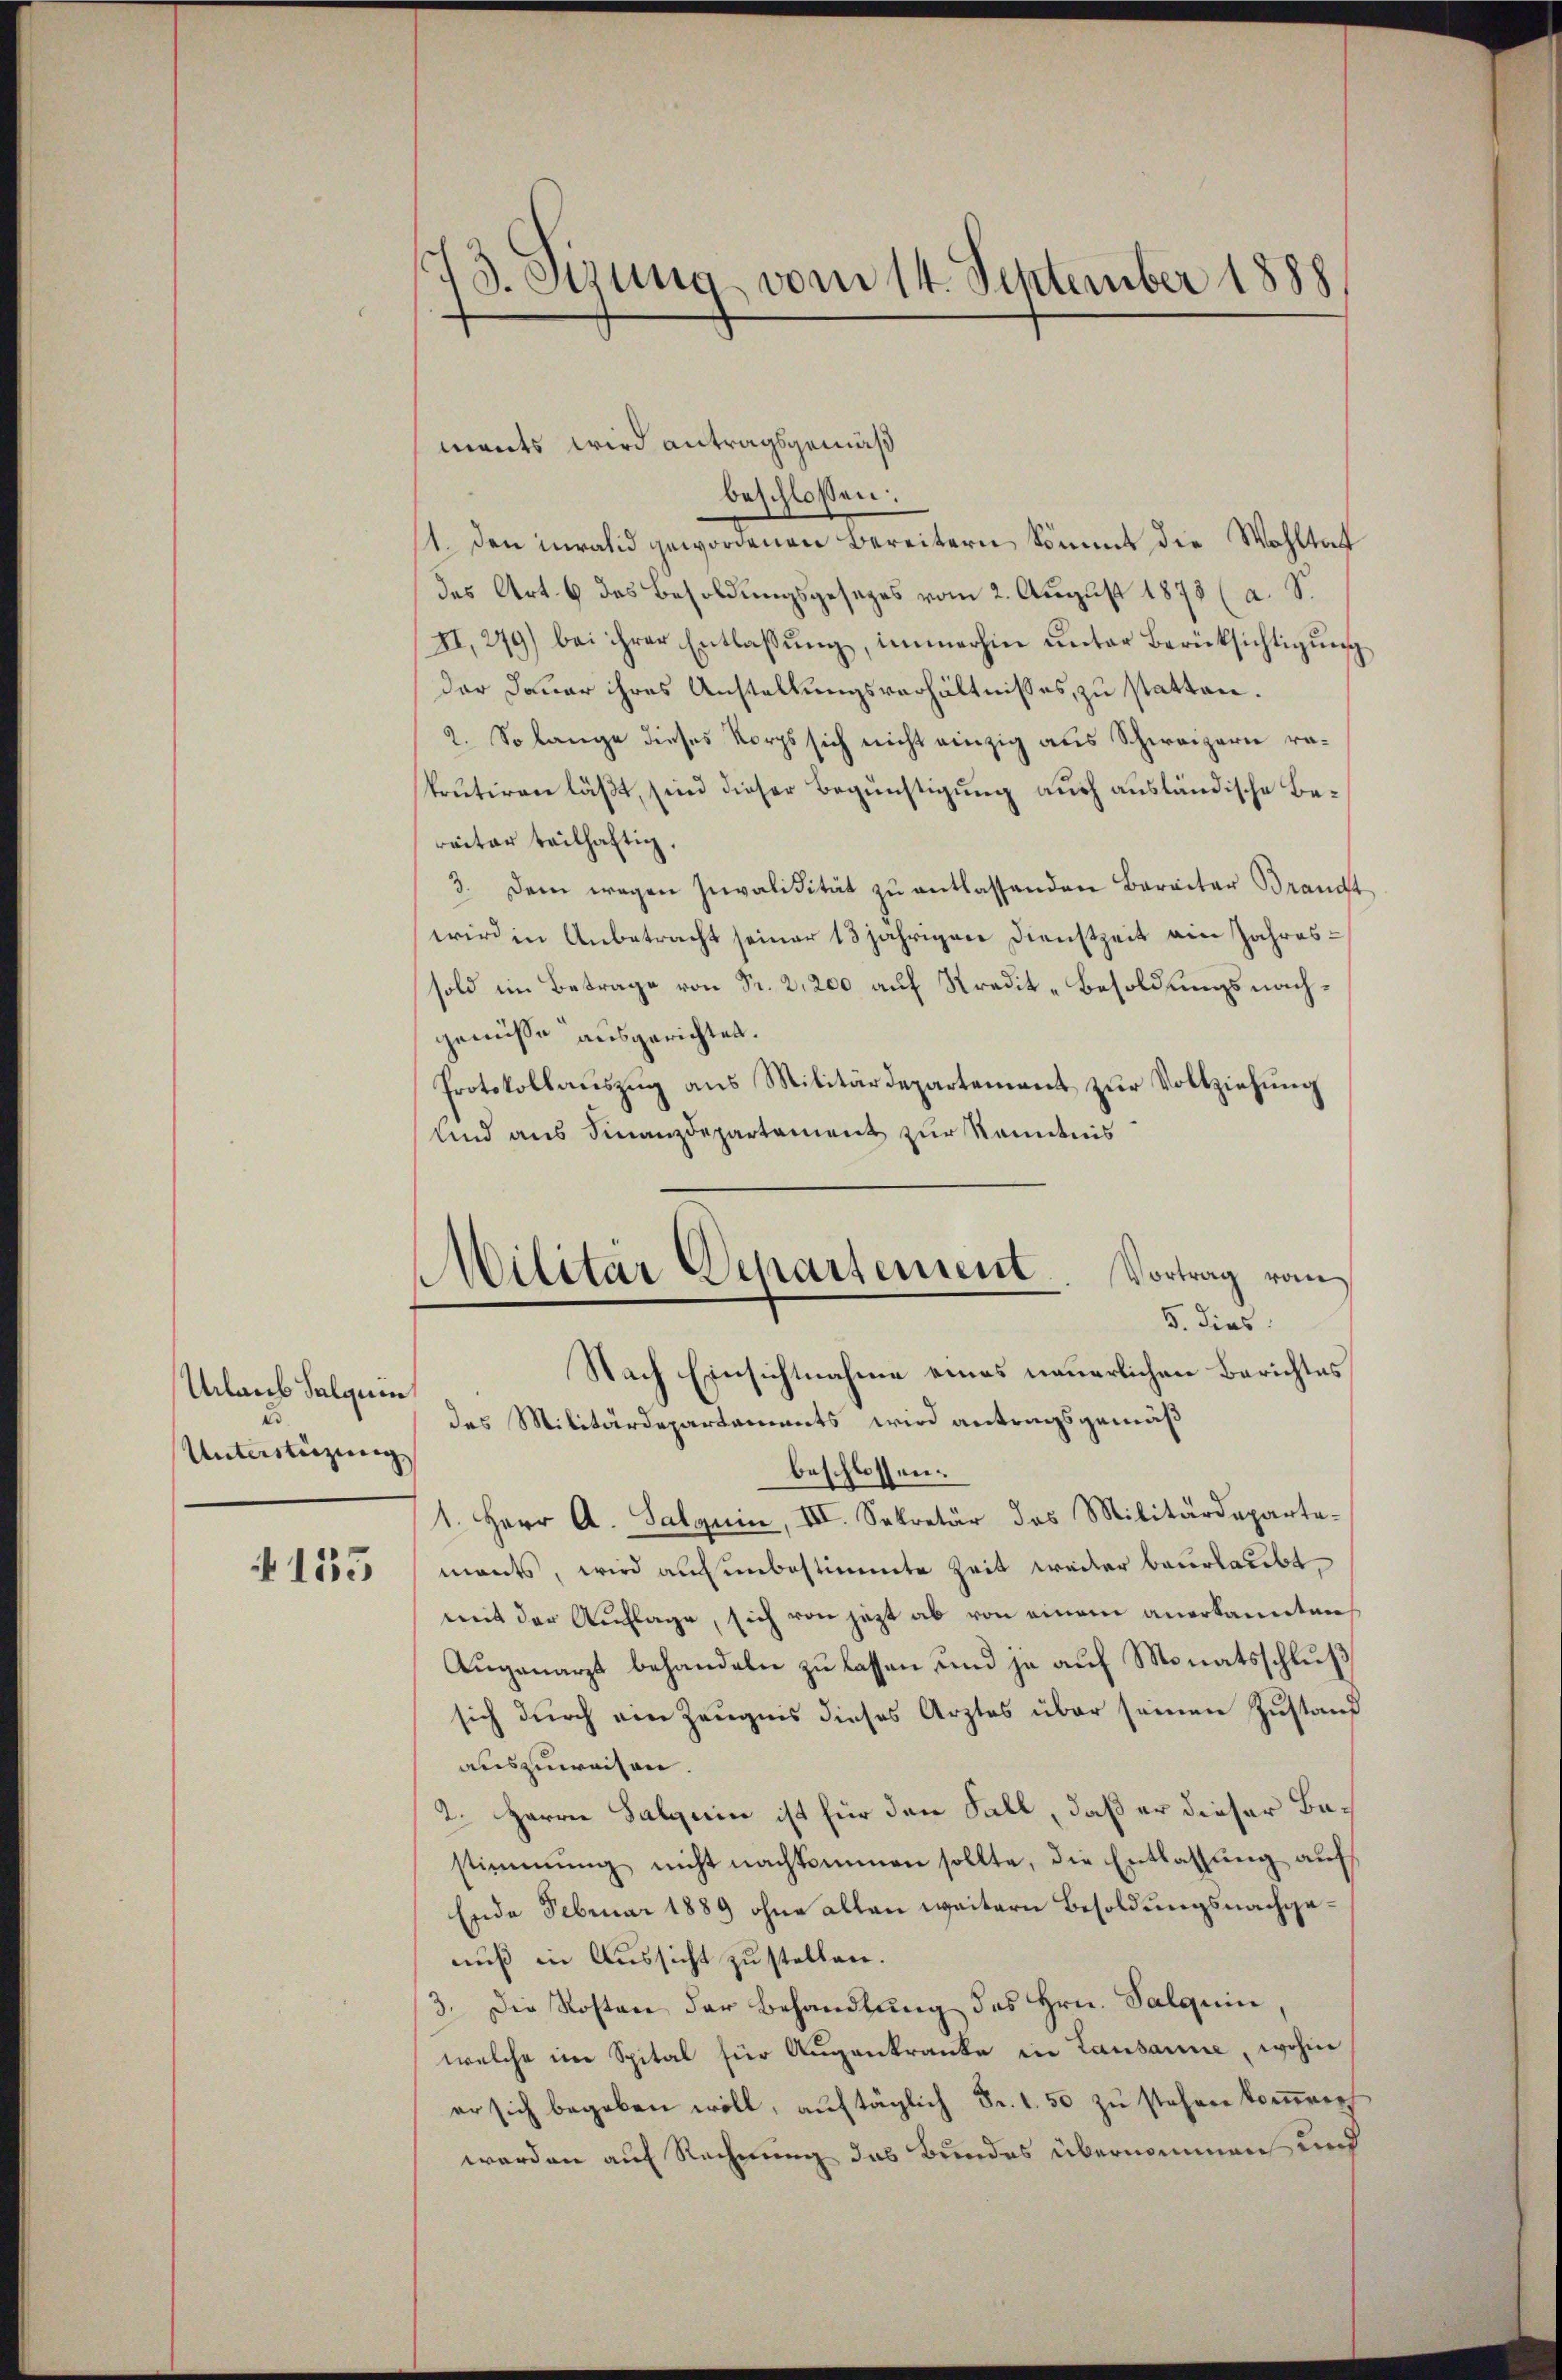
Urlaub Salqui
Unterstützung,
4155

73. Sisung vom 14. September 1888

Militär Departement. Vortrag vom
5. dies

ments wird antragsgemäß
beschlossen:
1. den invalid gewordenen Bereitern kommt die Wohltat
des Art. 6 des Besoldungsgesezes vom 2. August 1875 (a. S.
II,279) bei ihrer Entlaßung, immerhin unter Berücksichtigung
der Dauer ihres Anstellungsverhältnisses, zu statten.
2. So lange dieses Korps sich nicht einzig aus Schweizern rakrutiren läßt, sind dieser Begünstigung auch ausländische Bereiter teilhaftig.
3. Dem wegen Invalidität zŭ entlassenden Baracter Brandt
wird in Anbetracht seiner 13 jährigen Dienstzeit ain Jahressold im Betrage von Fr. 2,200 auf Kredit-Besoldungsnachgenisse ausgerichtet.
Protokollauszug aus Militärdepartement zur Vollziehung
Und aus Finanzdepartament zur Kenntnis
Nach Einsichtnahme eines neuerlichen Berichtes
des Militärdepartements wird antragsgemäß
beschlossen:
1. Herr A. Salquin, III. Sekretär das Militärdeparte-
mants, wird auch unbestimmte Zeit weiter beurlaubt,
mit der Auflage, sich von jezt ab von einem anerkannten
Augenarzt behandeln zu lassen und ja auf Monatsschluß
sich durch am Zeugnis dieses Arztes über seinen Zustand
auszuweisen.
2. Herrn Salgerin ist für den Fall, daß er dieser Bestimmung nicht nachkommen sollte, die Entlassung auf
Ende Februar 1889 ohne allen weitern Besoldungsnachgenuß in Aussicht zu stellen.
3. Die Kosten der Behandlung des Hrn. Salquin,
welche im Spital für Augenkranke in Lausanne wohin
er sich begeben will, auftäglich Fr. 1.50 zu stehen kommen
werden auf Rechnung das Bundes übernommen und